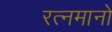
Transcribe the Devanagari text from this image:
रत्नमानो